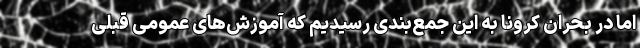
اما در بحران کرونا به این جمع‌بندی رسیدیم که آموزش‌های عمومی قبلی